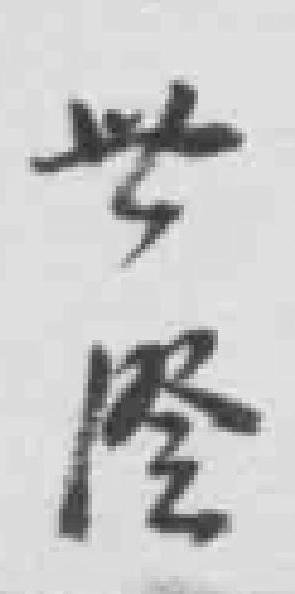
世隆